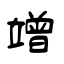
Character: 竲